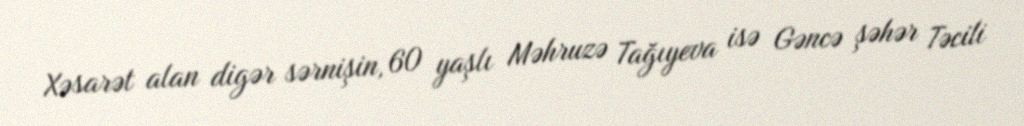
Xəsarət alan digər sərnişin, 60 yaşlı Məhruzə Tağıyeva isə Gəncə şəhər Təcili